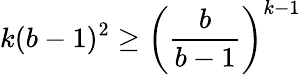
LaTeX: k(b-1)^{2}\geq{\left({\frac{b}{b-1}}\right)}^{k-1}